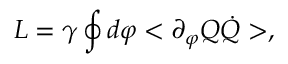
L = \gamma \oint d \varphi < \partial _ { \varphi } Q \dot { Q } > ,